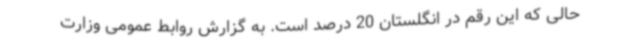
حالی که این رقم در انگلستان 20 درصد است. به گزارش روابط عمومی وزارت